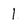
Character: 1